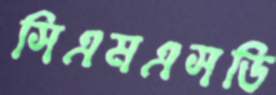
সিএমএসডি